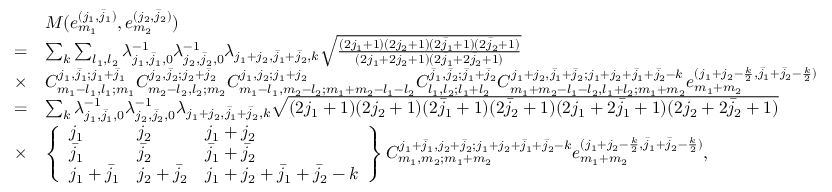
\begin{array} { r l } & { M ( e _ { m _ { 1 } } ^ { ( j _ { 1 } , \bar { j } _ { 1 } ) } , e _ { m _ { 2 } } ^ { ( j _ { 2 } , \bar { j } _ { 2 } ) } ) } \\ { = } & { \sum _ { k } \sum _ { l _ { 1 } , l _ { 2 } } \lambda _ { j _ { 1 } , \bar { j } _ { 1 } , 0 } ^ { - 1 } \lambda _ { j _ { 2 } , \bar { j } _ { 2 } , 0 } ^ { - 1 } \lambda _ { j _ { 1 } + j _ { 2 } , \bar { j } _ { 1 } + \bar { j } _ { 2 } , k } \sqrt { \frac { ( 2 j _ { 1 } + 1 ) ( 2 j _ { 2 } + 1 ) ( 2 \bar { j } _ { 1 } + 1 ) ( 2 \bar { j } _ { 2 } + 1 ) } { ( 2 j _ { 1 } + 2 j _ { 2 } + 1 ) ( 2 \bar { j } _ { 1 } + 2 \bar { j } _ { 2 } + 1 ) } } } \\ { \times } & { C _ { m _ { 1 } - l _ { 1 } , l _ { 1 } ; m _ { 1 } } ^ { j _ { 1 } , \bar { j } _ { 1 } ; j _ { 1 } + \bar { j } _ { 1 } } C _ { m _ { 2 } - l _ { 2 } , l _ { 2 } ; m _ { 2 } } ^ { j _ { 2 } , \bar { j } _ { 2 } ; j _ { 2 } + \bar { j } _ { 2 } } C _ { m _ { 1 } - l _ { 1 } , m _ { 2 } - l _ { 2 } ; m _ { 1 } + m _ { 2 } - l _ { 1 } - l _ { 2 } } ^ { j _ { 1 } , j _ { 2 } ; j _ { 1 } + j _ { 2 } } C _ { l _ { 1 } , l _ { 2 } ; l _ { 1 } + l _ { 2 } } ^ { \bar { j } _ { 1 } , \bar { j } _ { 2 } ; \bar { j } _ { 1 } + \bar { j } _ { 2 } } C _ { m _ { 1 } + m _ { 2 } - l _ { 1 } - l _ { 2 } , l _ { 1 } + l _ { 2 } ; m _ { 1 } + m _ { 2 } } ^ { j _ { 1 } + j _ { 2 } , \bar { j } _ { 1 } + \bar { j } _ { 2 } ; j _ { 1 } + j _ { 2 } + \bar { j } _ { 1 } + \bar { j } _ { 2 } - k } e _ { m _ { 1 } + m _ { 2 } } ^ { ( j _ { 1 } + j _ { 2 } - \frac { k } { 2 } , \bar { j } _ { 1 } + \bar { j } _ { 2 } - \frac { k } { 2 } ) } } \\ { = } & { \sum _ { k } \lambda _ { j _ { 1 } , \bar { j } _ { 1 } , 0 } ^ { - 1 } \lambda _ { j _ { 2 } , \bar { j } _ { 2 } , 0 } ^ { - 1 } \lambda _ { j _ { 1 } + j _ { 2 } , \bar { j } _ { 1 } + \bar { j } _ { 2 } , k } \sqrt { ( 2 j _ { 1 } + 1 ) ( 2 j _ { 2 } + 1 ) ( 2 \bar { j } _ { 1 } + 1 ) ( 2 \bar { j } _ { 2 } + 1 ) ( 2 j _ { 1 } + 2 \bar { j } _ { 1 } + 1 ) ( 2 j _ { 2 } + 2 \bar { j } _ { 2 } + 1 ) } } \\ { \times } & { \left\{ \begin{array} { l l l } { j _ { 1 } } & { j _ { 2 } } & { j _ { 1 } + j _ { 2 } } \\ { \bar { j } _ { 1 } } & { \bar { j } _ { 2 } } & { \bar { j } _ { 1 } + \bar { j } _ { 2 } } \\ { j _ { 1 } + \bar { j } _ { 1 } } & { j _ { 2 } + \bar { j } _ { 2 } } & { j _ { 1 } + j _ { 2 } + \bar { j } _ { 1 } + \bar { j } _ { 2 } - k } \end{array} \right\} C _ { m _ { 1 } , m _ { 2 } ; m _ { 1 } + m _ { 2 } } ^ { j _ { 1 } + \bar { j } _ { 1 } , j _ { 2 } + \bar { j } _ { 2 } ; j _ { 1 } + j _ { 2 } + \bar { j } _ { 1 } + \bar { j } _ { 2 } - k } e _ { m _ { 1 } + m _ { 2 } } ^ { ( j _ { 1 } + j _ { 2 } - \frac { k } { 2 } , \bar { j } _ { 1 } + \bar { j } _ { 2 } - \frac { k } { 2 } ) } , } \end{array}